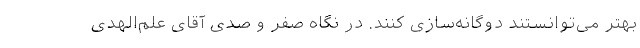
بهتر می‌توانستند دو‌گانه‌سازی کنند. در نگاه صفر و صدی آقای علم‌الهدی